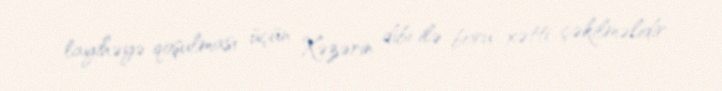
layihəyə qoşulması üçün Xəzərin dibi ilə boru xətti çəkilməlidir.